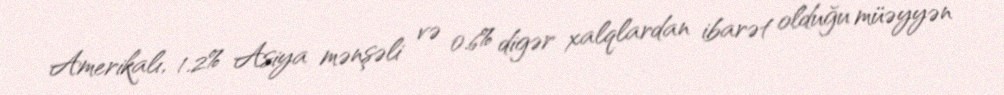
Amerikalı, 1.2% Asiya mənşəli və 0.6% digər xalqlardan ibarət olduğu müəyyən